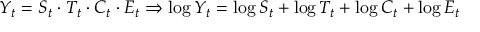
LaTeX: Y _ { t } = S _ { t } \cdot T _ { t } \cdot C _ { t } \cdot E _ { t } \Rightarrow \log Y _ { t } = \log S _ { t } + \log T _ { t } + \log C _ { t } + \log E _ { t }